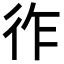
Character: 𢓓